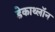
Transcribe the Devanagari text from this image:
डेकाथ्लॉन